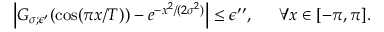
\begin{array} { r l } { \left| G _ { \sigma ; \epsilon ^ { \prime } } ( \cos ( \pi x / T ) ) - e ^ { - x ^ { 2 } / ( 2 \sigma ^ { 2 } ) } \right| \le \epsilon ^ { \prime \prime } , ~ } & { { } ~ \forall x \in [ - \pi , \pi ] . } \end{array}